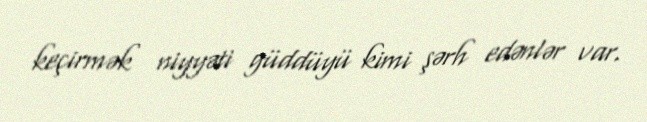
keçirmək niyyəti güddüyü kimi şərh edənlər var.